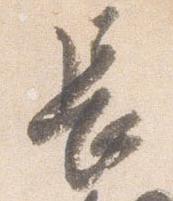
長